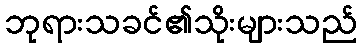
ဘုရားသခင်၏သိုးများသည်